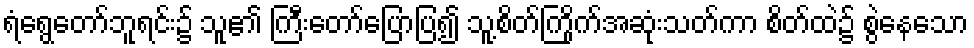
ရံရွေတော်ဘူရင်း၌ သူ၏ ကြီးတော်ပြောပြ၍ သူ့စိတ်ကြိုက်အဆုံးသတ်ကာ စိတ်ထဲ၌ စွဲနေသော